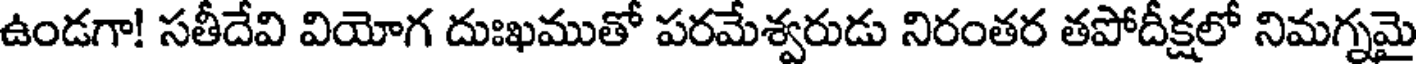
ఉండగా! సతీదేవి వియోగ దుఃఖముతో పరమేశ్వరుడు నిరంతర తపోదీక్షలో నిమగ్నమై